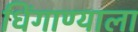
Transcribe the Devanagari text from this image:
धिंगाण्याला